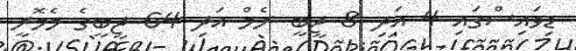
ޑިވައިސްގައި 4 އަދި 8 ޖީބީ ރެމް އަދި 64 ޖީބީގެ މެމޮރީ